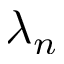
\lambda _ { n }